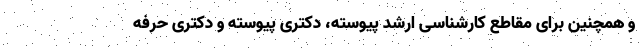
و همچنین برای مقاطع کارشناسی ارشد پیوسته، دکتری پیوسته و دکتری حرفه